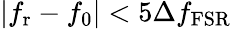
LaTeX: |f_{\mathrm{r}}-f_{\mathrm{0}}|<5\Delta f_{\mathrm{FSR}}